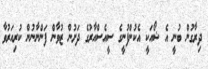
ދިރާގުން ބުނީ އެ ޝޯއަކީ އެކުންފުނީގެ ސީއެސްއާރުގެ ދަށުން ޒުވާން ފަންނާނުން ކުރިއަރުވާ